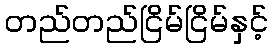
တည်တည်ငြိမ်ငြိမ်နှင့်